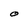
Character: O